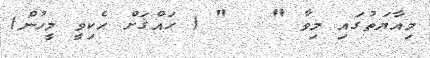
މިއާޔަތުގައި މިވާ "   " ( ޙައްޤަށް ހެކިވީ މީހުން)